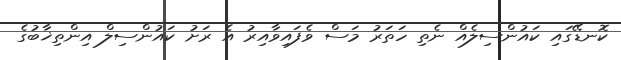
ކޮނޑޭގައި ކައުންސިލެއް ނެތި ހަތަރު މަސް ވެފައިވާއިރު އެ ރަށު ކައުންސިލް އިންތިޚާބުގެ